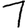
Digit: 1